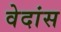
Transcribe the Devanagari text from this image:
वेदांस